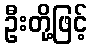
ဦးတို့ဖြင့်